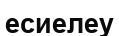
есиелеу